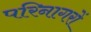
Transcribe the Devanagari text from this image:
परिनागरों